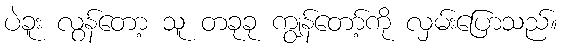
ပဲခူး လွန်တော့ သူ တခုခု ကျွန်တော့်ကို လှမ်းပြောသည်။